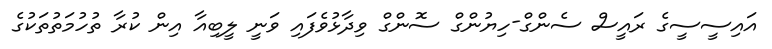
އައިސީސީގެ ރައީސް ސެންގް-ހިޔުންގް ސޮންގް ވިދާޅުވެފައި ވަނީ ލީބިއާ އިން ކުރާ ތުހުމަތުތަކުގެ